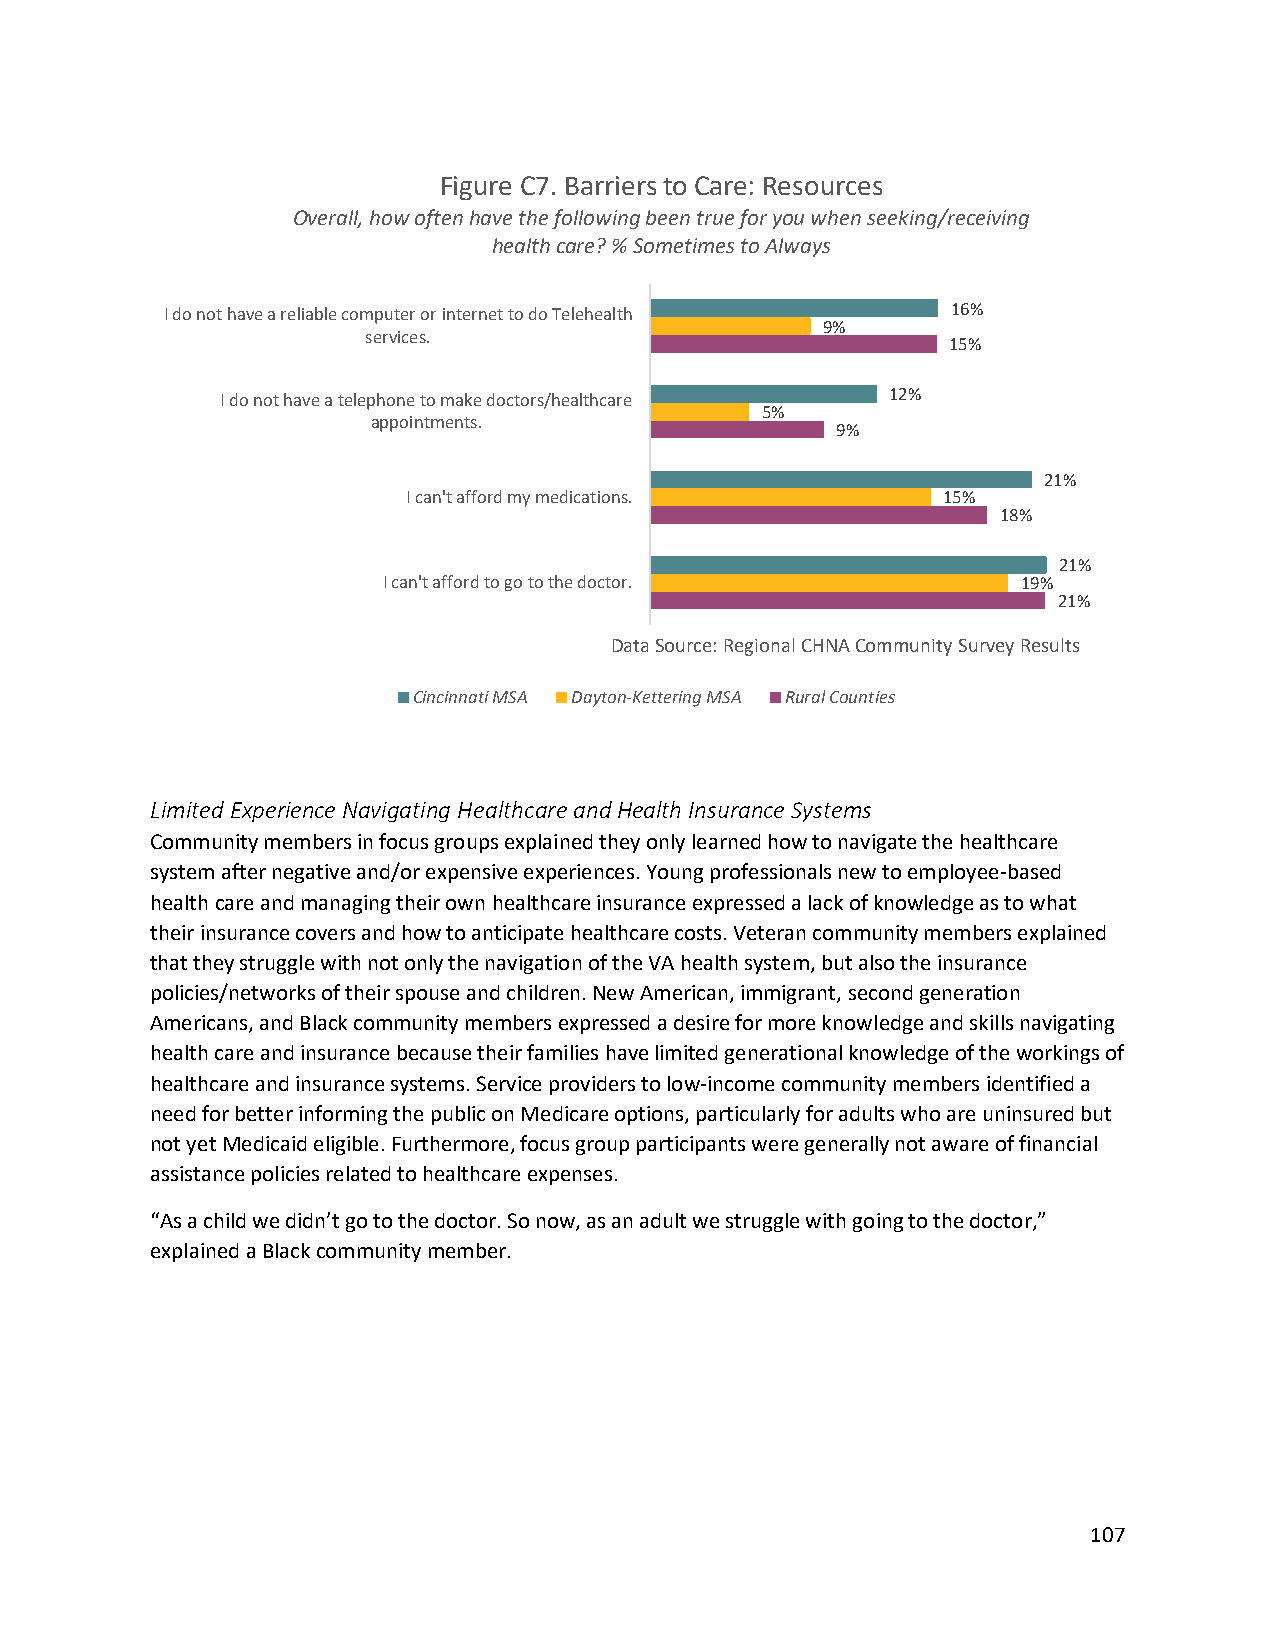
Figure C7. Barriers to Care: Resources
 Overall, how often have the following been true for you when seeking/receiving
 health care? % Sometimes to Always
 I do not have a reliable computer or internet to do Telehealth 16%
 9%
 services.
 15%
 I do not have a telephone to make doctors/healthcare 12%
 5%
 appointments.
 9%
 21%
 I can't afford my medications.     15%
 18%
 21%
 I can't afford to go to the doctor.        19%
 21%
 Data Source: Regional CHNACommunity Survey Results
 Cincinnati MSA Dayton-Kettering MSA Rural Counties
 Limited Experience Navigating Healthcare and Health Insurance Systems
 Community members in focus groups explained they only learned how to navigate the healthcare
 system after negative and/or expensive experiences. Young professionals new to employee-based
 health care and managing their own healthcare insurance expressed a lack of knowledge as to what
 their insurance covers and how to anticipate healthcare costs. Veteran community members explained
 that they struggle with not only the navigation of the VA health system, but also the insurance
 policies/networks of their spouse and children. New American, immigrant, second generation
 Americans, and Black community members expressed a desire for more knowledge and skills navigating
 health care and insurance because their families have limited generational knowledge of the workings of
 healthcare and insurance systems. Service providers to low-income community members identified a
 need for better informing the public on Medicare options, particularly for adults who are uninsured but
 not yet Medicaid eligible. Furthermore, focus group participants were generally not aware of financial
 assistance policies related to healthcare expenses.
 “As a child we didn’t go to the doctor. So now, as an adult we struggle with going to the doctor,”
 explained a Black community member.
 107